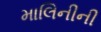
માલિનીની